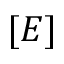
[ E ]